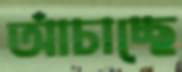
আঁচাচ্ছে